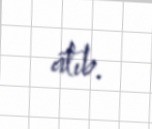
atıb.